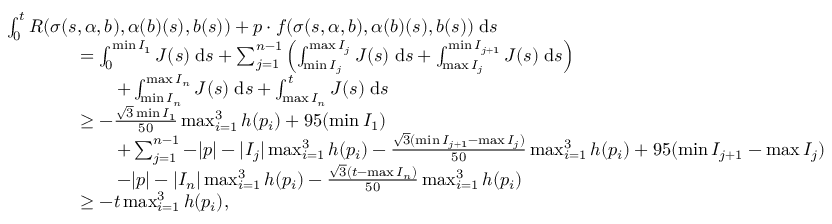
\begin{array} { r l } & { \int _ { 0 } ^ { t } R ( \sigma ( s , \alpha , b ) , \alpha ( b ) ( s ) , b ( s ) ) + p \cdot f ( \sigma ( s , \alpha , b ) , \alpha ( b ) ( s ) , b ( s ) ) \; \mathrm { d } s } \\ & { \qquad \qquad = \int _ { 0 } ^ { \operatorname* { m i n } I _ { 1 } } J ( s ) \; \mathrm { d } s + \sum _ { j = 1 } ^ { n - 1 } \left( \int _ { \operatorname* { m i n } I _ { j } } ^ { \operatorname* { m a x } I _ { j } } J ( s ) \; \mathrm { d } s + \int _ { \operatorname* { m a x } I _ { j } } ^ { \operatorname* { m i n } I _ { j + 1 } } J ( s ) \; \mathrm { d } s \right) } \\ & { \qquad \qquad \qquad + \int _ { \operatorname* { m i n } I _ { n } } ^ { \operatorname* { m a x } I _ { n } } J ( s ) \; \mathrm { d } s + \int _ { \operatorname* { m a x } I _ { n } } ^ { t } J ( s ) \; \mathrm { d } s } \\ & { \qquad \qquad \geq - \frac { \sqrt { 3 } \operatorname* { m i n } I _ { 1 } } { 5 0 } \operatorname* { m a x } _ { i = 1 } ^ { 3 } h ( p _ { i } ) + 9 5 ( \operatorname* { m i n } I _ { 1 } ) } \\ & { \qquad \qquad \qquad + \sum _ { j = 1 } ^ { n - 1 } - | p | - | I _ { j } | \operatorname* { m a x } _ { i = 1 } ^ { 3 } h ( p _ { i } ) - \frac { \sqrt { 3 } ( \operatorname* { m i n } I _ { j + 1 } - \operatorname* { m a x } I _ { j } ) } { 5 0 } \operatorname* { m a x } _ { i = 1 } ^ { 3 } h ( p _ { i } ) + 9 5 ( \operatorname* { m i n } I _ { j + 1 } - \operatorname* { m a x } I _ { j } ) } \\ & { \qquad \qquad \qquad - | p | - | I _ { n } | \operatorname* { m a x } _ { i = 1 } ^ { 3 } h ( p _ { i } ) - \frac { \sqrt { 3 } ( t - \operatorname* { m a x } I _ { n } ) } { 5 0 } \operatorname* { m a x } _ { i = 1 } ^ { 3 } h ( p _ { i } ) } \\ & { \qquad \qquad \geq - t \operatorname* { m a x } _ { i = 1 } ^ { 3 } h ( p _ { i } ) , } \end{array}